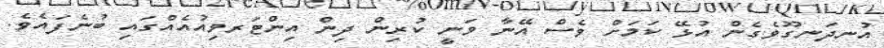
އުނދަނގޫވެގެން އުޅޭ ކަމަށް ވެސް އޭނާ ވަނީ ކުރިން ދިން އިންޓަރވިއުއެއްގައި ބުނެފައެވެ.